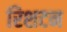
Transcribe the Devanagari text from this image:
रिशटन